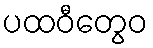
ပထဝီတွေဝ